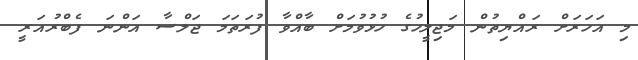
މި އަހަރަށް ރައްޔިތުން މަޖިލީހުގެ ހުޅުވުމަށް ބާއްވާ ފުރަތަމަ ޖަލްސާ އަންނަ ފެބްރުއަރީ